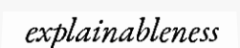
explainableness